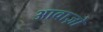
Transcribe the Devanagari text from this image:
आवाज़ो